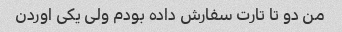
من دو تا تارت سفارش داده بودم ولی یکی اوردن